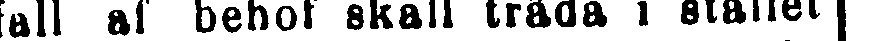
i fall af behof skall träda i stället